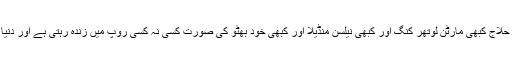
بھٹو اس سوچ کا نام ہے جو کبھی سقراط کبھی منصور حلاج کبھی مارٹن لوتھر کنگ اور کبھی نیلسن منڈیلا اور کبھی خود بھٹو کی صورت کسی نہ کسی روپ میں زندہ رہتی ہے اور دنیا میں جبر و استحصال کے خلاف برسر پیکار رہتی ہے۔